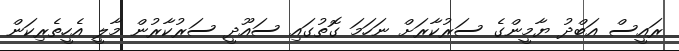
ރައީސް އަބްދު ޔާމީންގެ ސަރުކާރަށް ނަހަމަ ގޮތުގައި ސައޫދީ ސަރުކާރުން މާލީ އެހީތެރިކަން